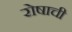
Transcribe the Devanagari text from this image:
रोषाची